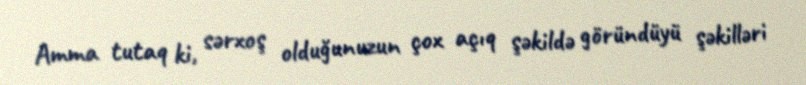
Amma tutaq ki, sərxoş olduğunuzun çox açıq şəkildə göründüyü şəkilləri